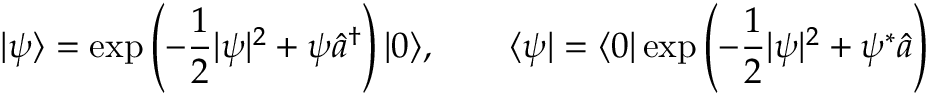
| \psi \rangle = \exp \left( - \frac { 1 } { 2 } | \psi | ^ { 2 } + \psi \hat { a } ^ { \dagger } \right) | 0 \rangle , \qquad \langle \psi | = \langle 0 | \exp \left( - \frac { 1 } { 2 } | \psi | ^ { 2 } + \psi ^ { * } \hat { a } \right)